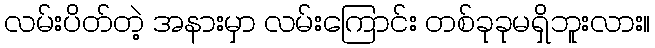
လမ်းပိတ်တဲ့ အနားမှာ လမ်းကြောင်း တစ်ခုခုမရှိဘူးလား။